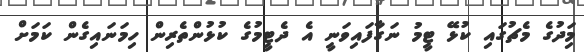
މިަދުގެ މެޗުގައި ކުޅޭ ޓީމު ނަގާފައިވަނީ އެ ދެޓީމުގެ ކުޅުންތެރިން ހިމަނައިގެން ކަމަށް